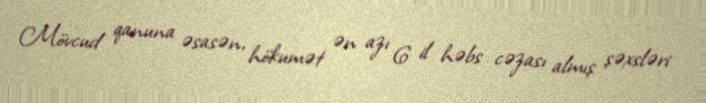
Mövcud qanuna əsasən, hökumət ən azı 6 il həbs cəzası almış şəxsləri